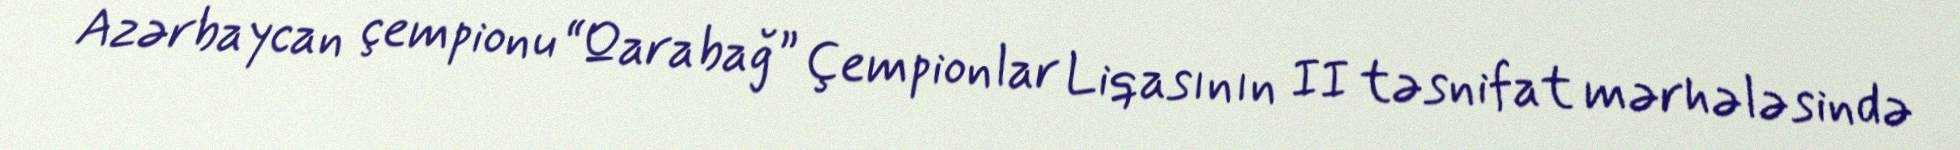
Azərbaycan çempionu “Qarabağ” Çempionlar Liqasının II təsnifat mərhələsində